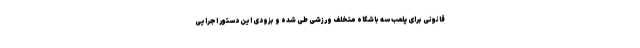
قانونی برای پلمب سه باشگاه متخلف ورزشی طی شده و بزودی این دستور اجرایی